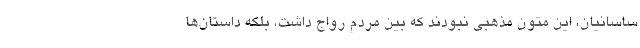
ساسانیان، این متون مذهبی نبودند که بین مردم رواج داشت، بلکه داستان‌ها